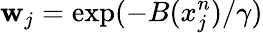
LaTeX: \mathbf{w}_{j}=\textrm{{exp}}(-B(x_{j}^{n})/\gamma)